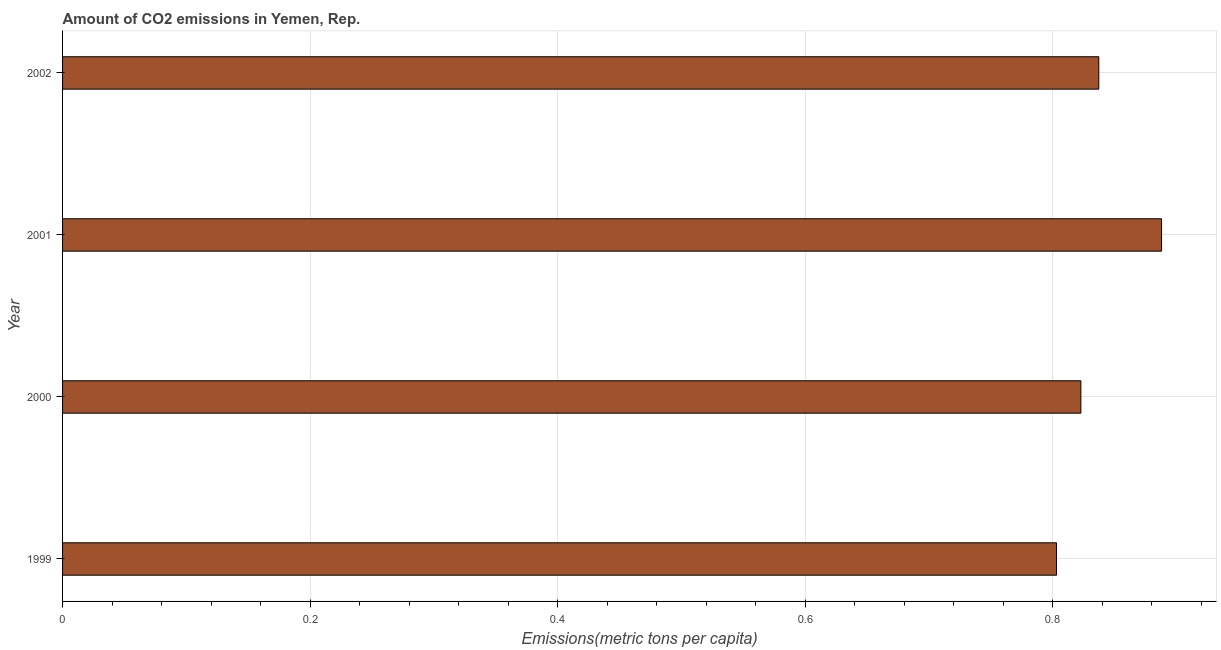
| Year | CO2 emissions |
 | --- | --- |
 | 1999 | 0.803 |
 | 2000 | 0.823 |
 | 2001 | 0.888 |
 | 2002 | 0.837 |